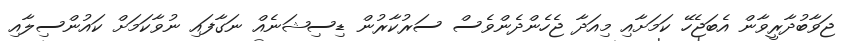
ޖަވާބުދާރީވާން އެބަޖެހޭ ކަމަށާއި މިއަދާ ޖެހެންދެންވެސް ސަރުކާރުން ޑިސިޝަނެއް ނަގާފައި ނުވާކަމަށް ކައުންސިލާއި